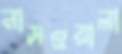
নাসওয়ালা